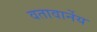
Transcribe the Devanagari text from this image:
वतावार्नेय